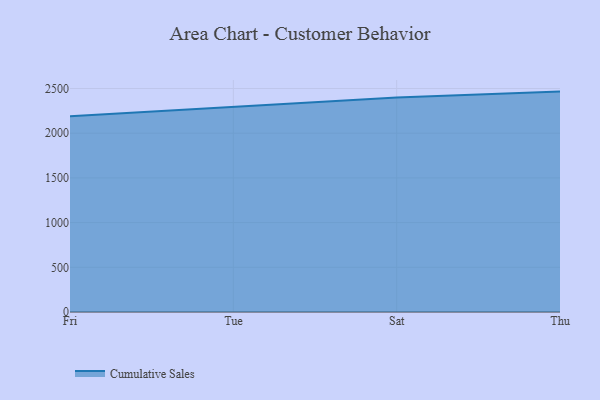
{"axis": {"x": "Day", "y": "Churn Rate (%)"}, "legend": ["Cumulative Sales"], "data": [{"x": "Fri", "y": 2189.0, "type": "Cumulative Sales"}, {"x": "Tue", "y": 2294.8, "type": "Cumulative Sales"}, {"x": "Sat", "y": 2399.2, "type": "Cumulative Sales"}, {"x": "Thu", "y": 2465.3, "type": "Cumulative Sales"}]}